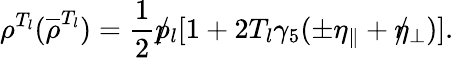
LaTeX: \rho^{T_{l}}({\overline{{\rho}}}^{T_{l}})={\frac{1}{2}}\rlap/p_{l}[1+2T_{l}\gamma_{5}(\pm\eta_{\parallel}+\rlap/\eta_{\perp})].